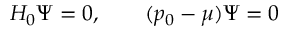
H _ { 0 } \Psi = 0 , \qquad ( p _ { 0 } - \mu ) \Psi = 0